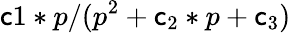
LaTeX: \mathsf{c}1*p/(p^{2}+\mathsf{c}_{2}*p+\mathsf{c}_{3})